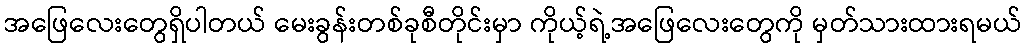
အဖြေလေးတွေရှိပါတယ် မေးခွန်းတစ်ခုစီတိုင်းမှာ ကိုယ့်ရဲ့အဖြေလေးတွေကို မှတ်သားထားရမယ်